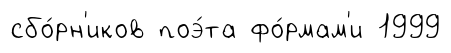
сбо́рн'иков поэ́та фо́рмам'и 1999